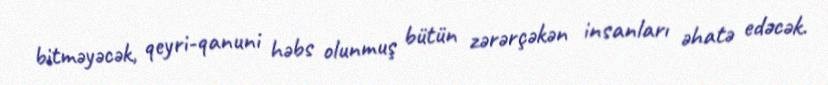
bitməyəcək, qeyri-qanuni həbs olunmuş bütün zərərçəkən insanları əhatə edəcək.